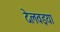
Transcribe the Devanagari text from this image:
देलवइया